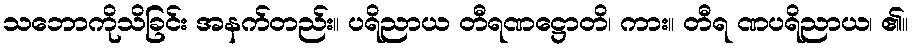
သဘောကိုသိခြင်း အနက်တည်း။ ပရိညာယ တီရဏဋ္ဌောတိ၊ ကား။ တီရ ဏပရိညာယ၊ ၏။